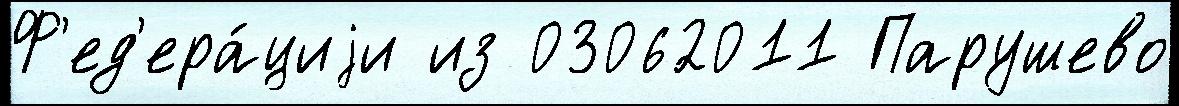
Ф'ед'ера́циjи из 03062011 Парушево